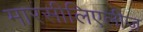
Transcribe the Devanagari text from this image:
मारसीलिएलीज़